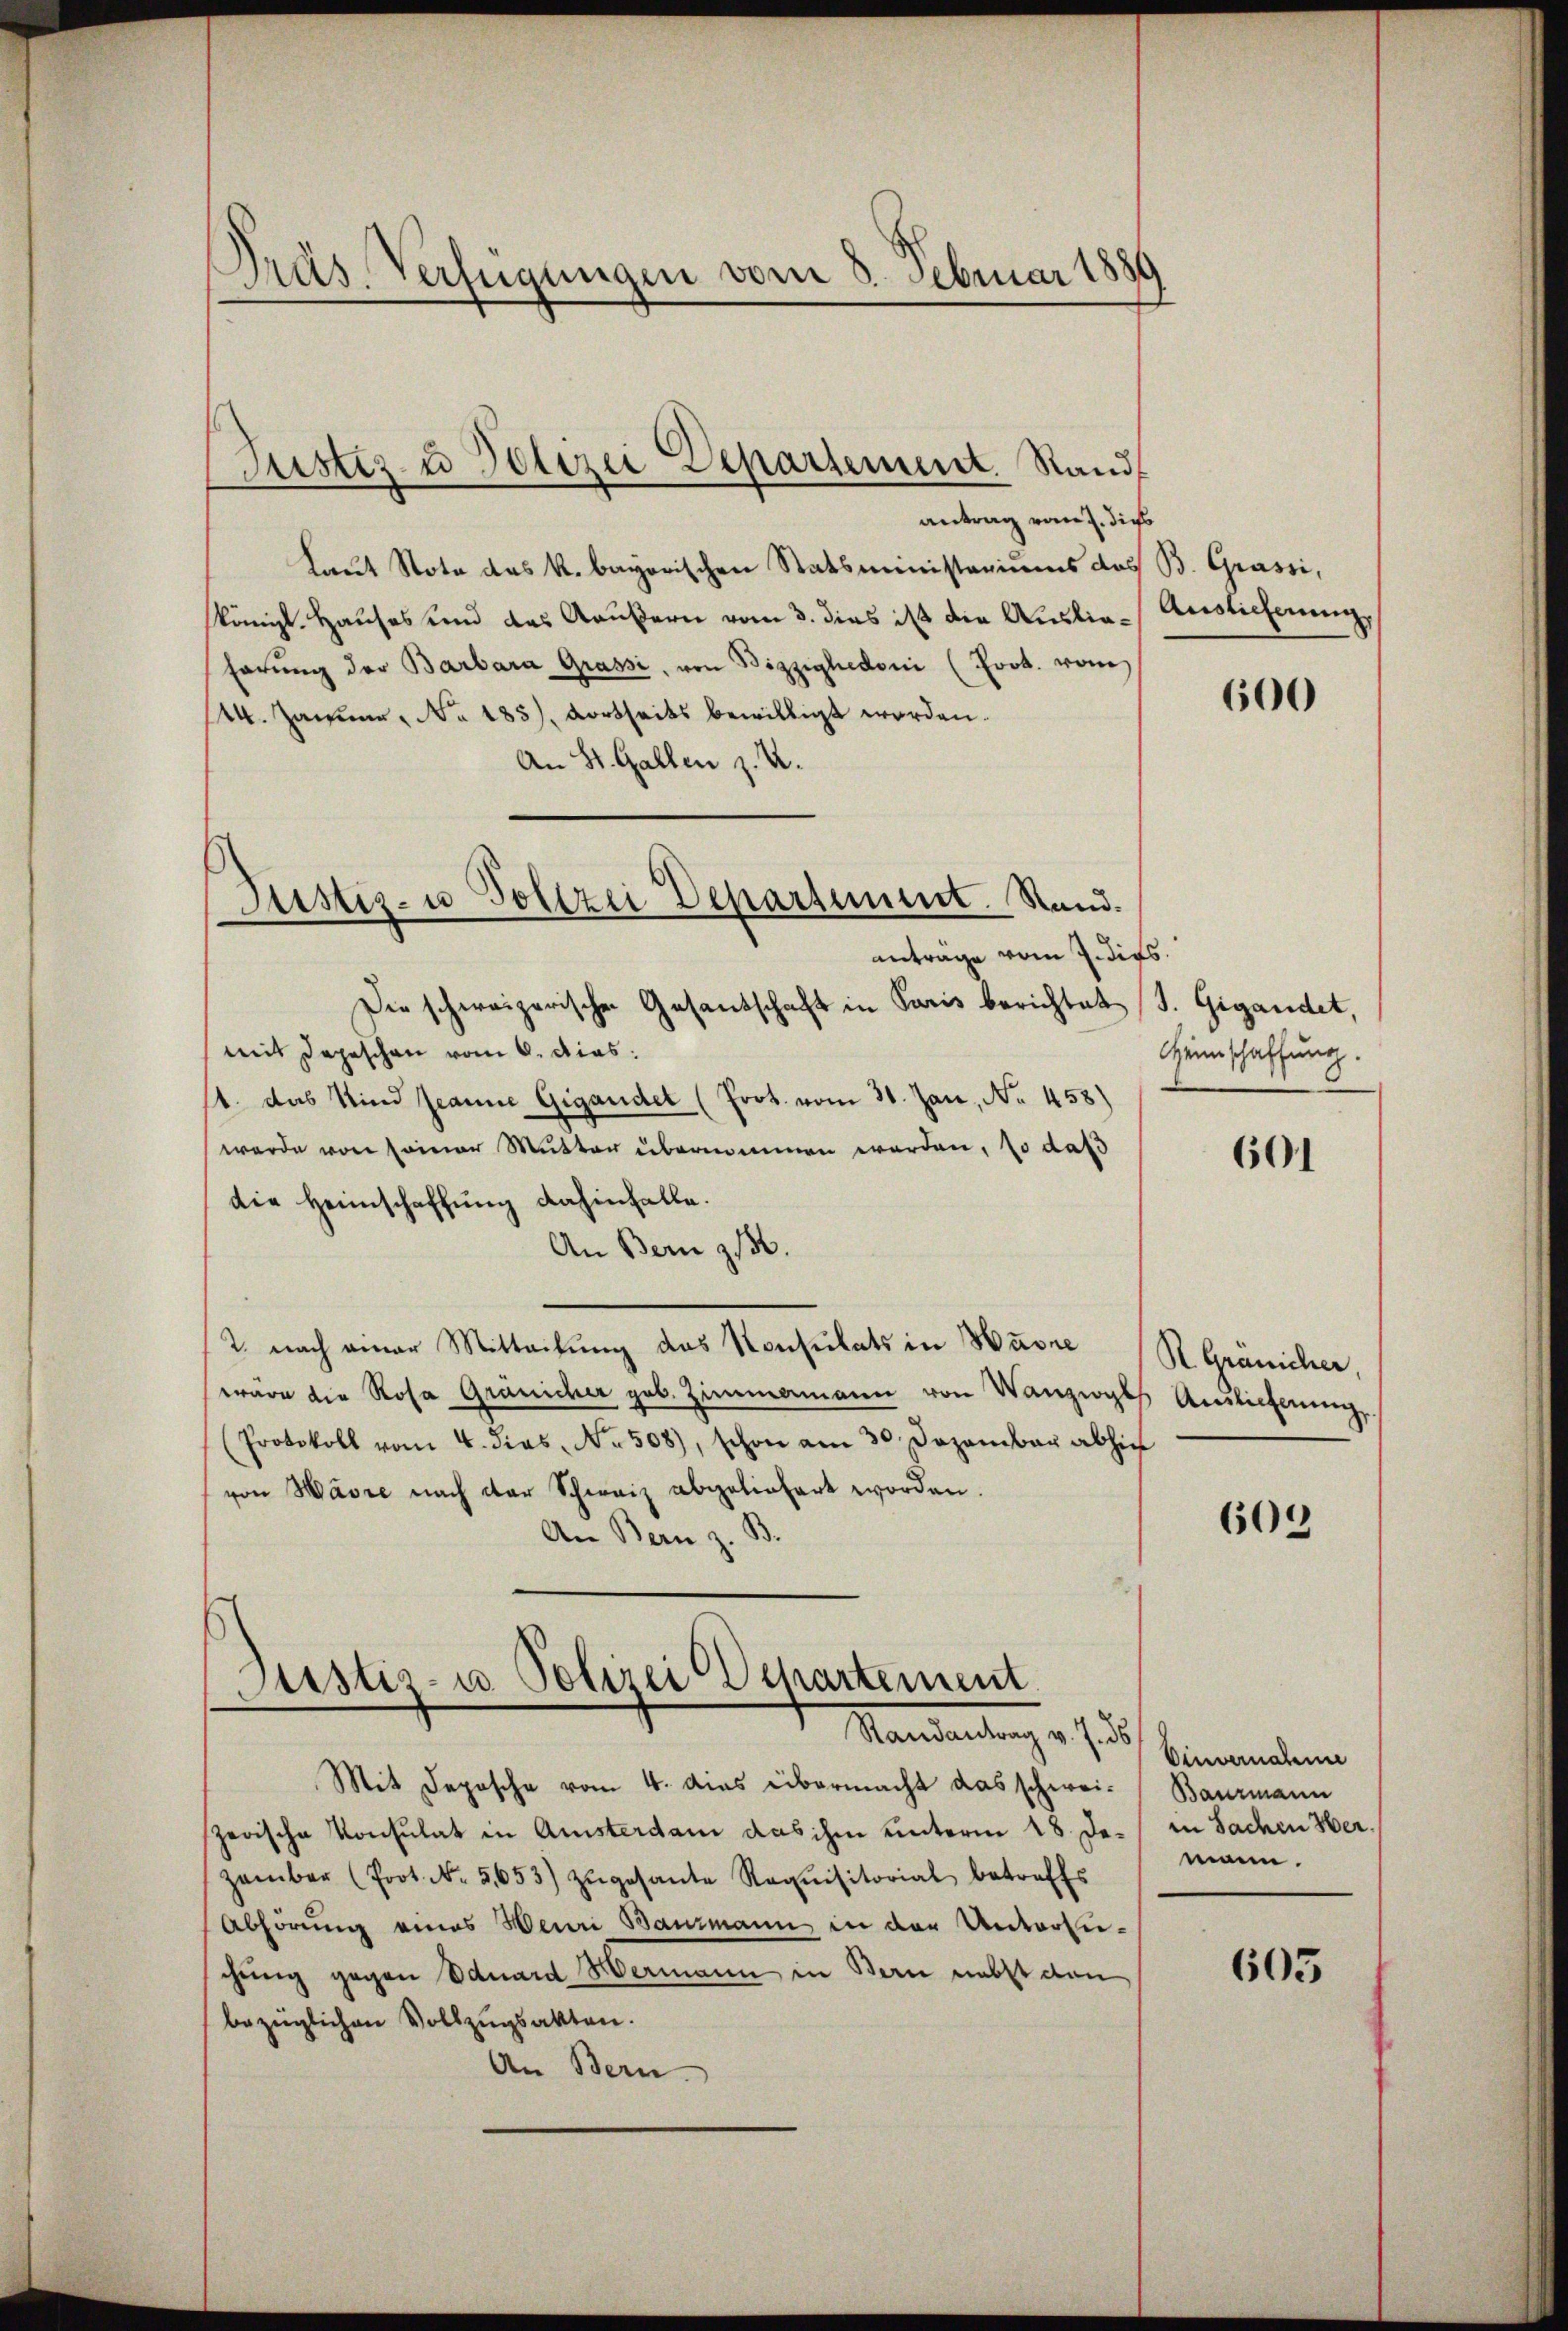
)
Präs. Verfügungen vom 3. Februar 1889

antrag vom 7. dies
Laut Note des k. bayorischen Statsministeriums des B. Grassi,
königl. Hauses und das Raubern vom 3. dies ist die Auslie¬
Förŭng der Barbara Grassi, von Bigzighedoni (Frot. vom
24. Januar, No. 185). Dortseits bewilligt worden.
An St. Gallen z. U.
Die schweizerischen Gesandschaft in Paris berichtet (S. Gigandet,
mit Depeschen vom 6. dies:
1. das Kind Jeanne Gigandet (Prot. vom 31. Jan, No 458)
werde von seiner Mutter übernommen worden, so daß
die Heimschaffung dahinfalle.
An Bern 136.
2. nach einer Mitteilung das Konsulats in Havre
wäre die Rosa Gränicher geb. Zimmamann von Wanziges Auslicherung
(Protokoll vom 4. dies, No 508), schon am 30. Dezember abhin
von Havre nach der Schweiz abgeliefert worden.
B.
An Bern z.
Justiz- u Polizei Departement
Mandantung v. Js.

Justiz & Polizei Departement Stand

Justiz- u Vollzei Departement. Stand.
antrage vom 7. dies

Mit Deposche vom 4. dies übermacht das schwei- Bauzmann
zerische Konsulat in Amsterdam das ihm unterm 18. De / in Sachen Verzember (Prot. No. 5653) zŭgesante Requisitorial betreffs
Abhörung eines Henri Bauzmann in der Untersuchung gegen Eduard Hermann in Bern nebst den
bezüglichen Vollzugsakten.
An Bern.

Auslieferun

600

Heimschaffung.

601

R Gränicher,

609

Einvernahm
mann.

605